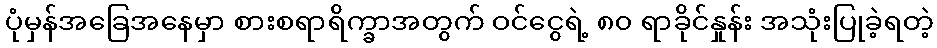
ပုံမှန်အခြေအနေမှာ စားစရာရိက္ခာအတွက် ဝင်ငွေရဲ့ ၈၀ ရာခိုင်နှုန်း အသုံးပြုခဲ့ရတဲ့